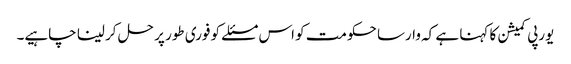
یورپی کمیشن کا کہنا ہے کہ وارسا حکومت کو اس مسئلے کو فوری طور پر حل کر لینا چاہیے۔